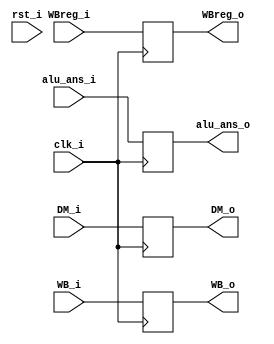
module WB_register (clk_i, rst_i, WB_i, DM_i, alu_ans_i, WBreg_i, WB_o, DM_o, alu_ans_o, WBreg_o);

	input clk_i;
	input rst_i;
	input [1:0] WB_i;
	input [31:0] DM_i;
	input [31:0] alu_ans_i;
	input [4:0] WBreg_i;
	
	output reg [1:0] WB_o;
	output reg [31:0] DM_o;
	output reg [31:0] alu_ans_o;
	output reg [4:0] WBreg_o;

	always@(posedge clk_i)
	begin
		if (!rst_i)
		begin
			WB_o <= WB_i;
			DM_o <= DM_i;
			alu_ans_o <= alu_ans_i;
			WBreg_o <= WBreg_i;
		end
		else
		begin
			WB_o <= WB_i;
			DM_o <= DM_i;
			alu_ans_o <= alu_ans_i;
			WBreg_o <= WBreg_i;
		end
	end

endmodule